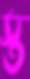
স্ত